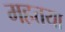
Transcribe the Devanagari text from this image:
महत्तया